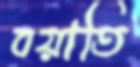
বয়াতি